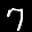
Label: 7